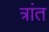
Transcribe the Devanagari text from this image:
त्रांत